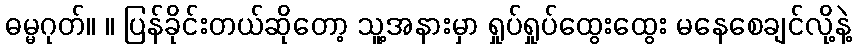
ဓမ္မဂုတ်။ ။ ပြန်ခိုင်းတယ်ဆိုတော့ သူ့အနားမှာ ရှုပ်ရှုပ်ထွေးထွေး မနေစေချင်လို့နဲ့